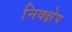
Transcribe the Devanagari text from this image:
निक्क्षेप